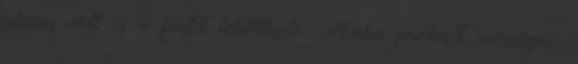
sikeres volt és a férfit lekötözte. Hiába próbált mozogni,